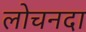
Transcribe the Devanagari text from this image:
लोचनदा